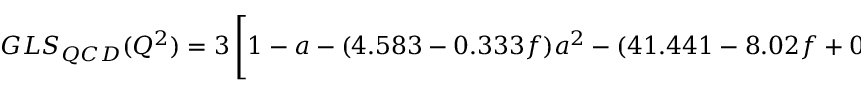
G L S _ { Q C D } ( Q ^ { 2 } ) = 3 \left[ 1 - a - ( 4 . 5 8 3 - 0 . 3 3 3 f ) a ^ { 2 } - ( 4 1 . 4 4 1 - 8 . 0 2 f + 0 . 1 7 7 f ^ { 2 } ) a ^ { 3 } - \frac { 8 } { 2 7 } \frac { \langle \langle O \rangle \rangle } { Q ^ { 2 } } \right]